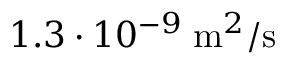
1 . 3 \cdot 1 0 ^ { - 9 } \; \mathrm { m } ^ { 2 } / \mathrm { s }